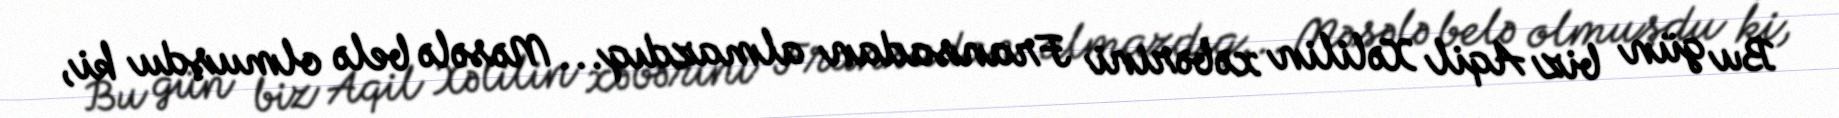
Bu gün biz Aqil Xəlilin xəbərini Fransadan almazdıq... Məsələ belə olmuşdu ki,